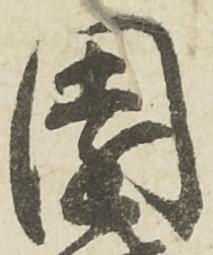
園